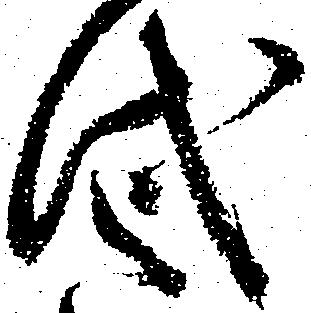
代